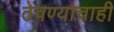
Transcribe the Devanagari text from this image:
ठेवण्याचाही